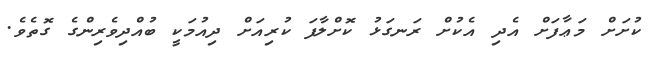
ކުށަށް މަޢާފަށް އެދި އެކުށް ރަނގަޅު ކޮށްލާފަ ކުރިއަށް ދިއުމަކީ ބުއްދިވެރިންގެ ގޮތެވެ.